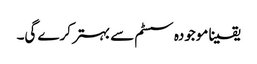
یقینا موجودہ سسٹم سے بہتر کرے گی۔